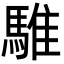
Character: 騅